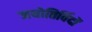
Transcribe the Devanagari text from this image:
जयोतिर्विदों